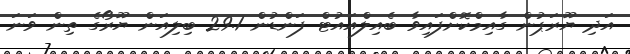
އަދި ޔޫރަޕުން ގާއިމްކޮށްފައިވާ ބެއިލްއައުޓް ފަންޑުން 29.1 ބިލިއަން ޔޫރޯގެ ތިން ވަނަ